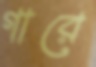
গারে